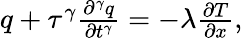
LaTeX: \begin{array}{r}{q+\tau^{\gamma}\frac{\partial^{\gamma}q}{\partial t^{\gamma}}=-\lambda\frac{\partial T}{\partial x},}\end{array}